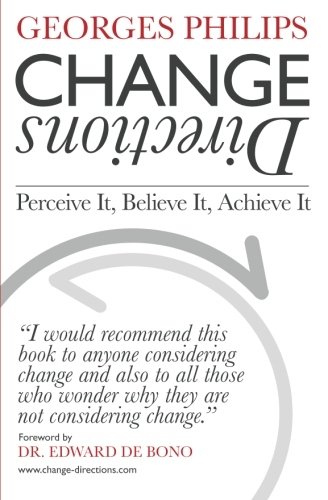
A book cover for Change Directions: Perceive it, Believe it, Achieve it; Georges Philips; Self-Help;